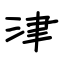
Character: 津